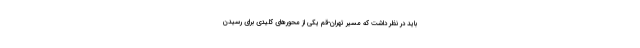
باید در نظر داشت که مسیر تهران-قم یکی از محورهای کلیدی برای رسیدن